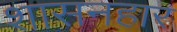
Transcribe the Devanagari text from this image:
शासनहार